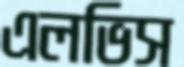
এলভিস